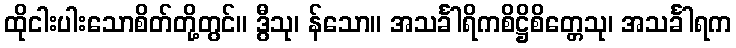
ထိုငါးပါးသောစိတ်တို့တွင်။ ဒွီသု၊ န်သော။ အသင်္ခါရိကစိဋ္ဌိစိတ္တေသု၊ အသင်္ခါရက